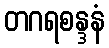
တဂရစန္ဒနံ